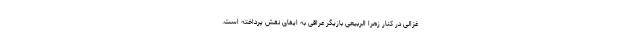
غزالی در کنار زهرا الربیعی بازیگر عراقی به ایفای نقش پرداخته است.